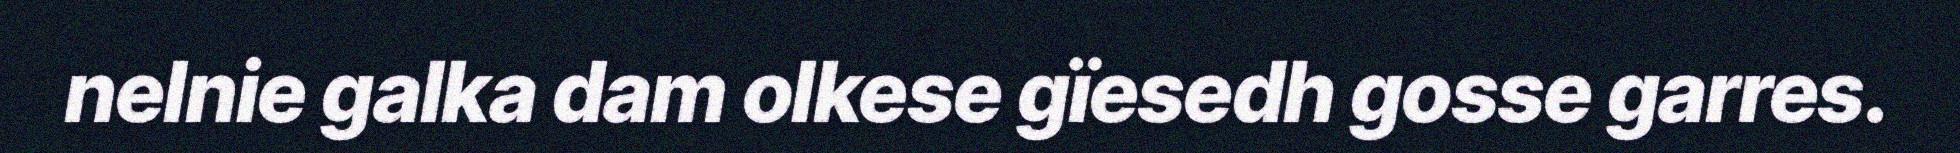
nelnie galka dam olkese gïesedh gosse garres.